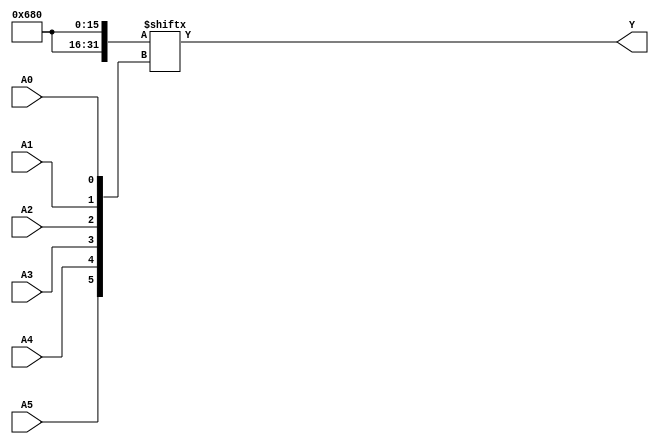
module kmap_6var (
    input wire A5, A4, A3, A2, A1, A0,  // Six input variables
    output wire Y                       // Output representing the minimized Boolean function
);

// Internal wire to represent the K-map
wire [63:0] kmap;

// Populate the K-map based on the truth table or desired logic
// Here, we will define the K-map values directly.
// You can modify these values based on your specific logic requirements.
assign kmap[0]  = 1'b0;  // A5 A4 A3 A2 A1 A0 = 000000
assign kmap[1]  = 1'b0;  // A5 A4 A3 A2 A1 A0 = 000001
assign kmap[2]  = 1'b0;  // A5 A4 A3 A2 A1 A0 = 000010
assign kmap[3]  = 1'b0;  // A5 A4 A3 A2 A1 A0 = 000011
assign kmap[4]  = 1'b0;  // A5 A4 A3 A2 A1 A0 = 000100
assign kmap[5]  = 1'b0;  // A5 A4 A3 A2 A1 A0 = 000101
assign kmap[6]  = 1'b0;  // A5 A4 A3 A2 A1 A0 = 000110
assign kmap[7]  = 1'b1;  // A5 A4 A3 A2 A1 A0 = 000111
assign kmap[8]  = 1'b0;  // A5 A4 A3 A2 A1 A0 = 001000
assign kmap[9]  = 1'b1;  // A5 A4 A3 A2 A1 A0 = 001001
assign kmap[10] = 1'b1;  // A5 A4 A3 A2 A1 A0 = 001010
assign kmap[11] = 1'b0;  // A5 A4 A3 A2 A1 A0 = 001011
assign kmap[12] = 1'b0;  // A5 A4 A3 A2 A1 A0 = 001100
assign kmap[13] = 1'b0;  // A5 A4 A3 A2 A1 A0 = 001101
assign kmap[14] = 1'b0;  // A5 A4 A3 A2 A1 A0 = 001110
assign kmap[15] = 1'b0;  // A5 A4 A3 A2 A1 A0 = 001111
// Continue filling in the K-map for all 64 combinations...

// The K-map is indexed based on the Gray code ordering.
// Calculate the index for the K-map based on the input variables.
wire [5:0] index;
assign index = {A5, A4, A3, A2, A1, A0};

// The output Y is determined by the value in the K-map at the calculated index.
assign Y = kmap[index];

endmodule